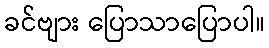
ခင်ဗျား ပြောသာပြောပါ။